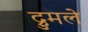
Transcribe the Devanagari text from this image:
द्रुमले